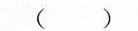
( )